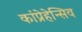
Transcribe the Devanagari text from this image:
कांप्रेहेन्सिव